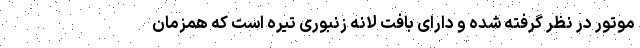
موتور در نظر گرفته شده و دارای بافت لانه زنبوری تیره است که همزمان